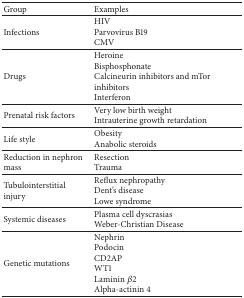
| Group | Examples |
 | --- | --- |
 | Infections | HIVParvovirus B19CMV |
 | Drugs | HeroineBisphosphonateCalcineurin inhibitors and mTor inhibitorsInterferon |
 | Prenatal risk factors | Very low birth weight Intrauterine growth retardation |
 | Life style | Obesity Anabolic steroids |
 | Reduction in nephron mass | ResectionTrauma |
 | Tubulointerstitial injury | Reflux nephropathyDent's diseaseLowe syndrome |
 | Systemic diseases | Plasma cell dyscrasiasWeber-Christian Disease |
 | Genetic mutations | NephrinPodocin CD2APWT1Laminin β2Alpha-actinin 4 |